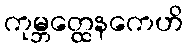
ကုမ္ဘတ္ထေနကေဟိ